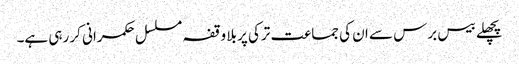
پچھلے بیس برس سے ان کی جماعت ترکی پر بلا وقفہ مسلسل حکمرانی کر رہی ہے۔